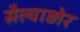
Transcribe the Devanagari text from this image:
सैल्वाड़ोर